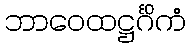
ဘာဝေထဋ္ဌင်္ဂိကံ